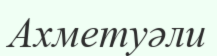
Ахметуәли